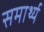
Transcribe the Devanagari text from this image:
समार्थ्य